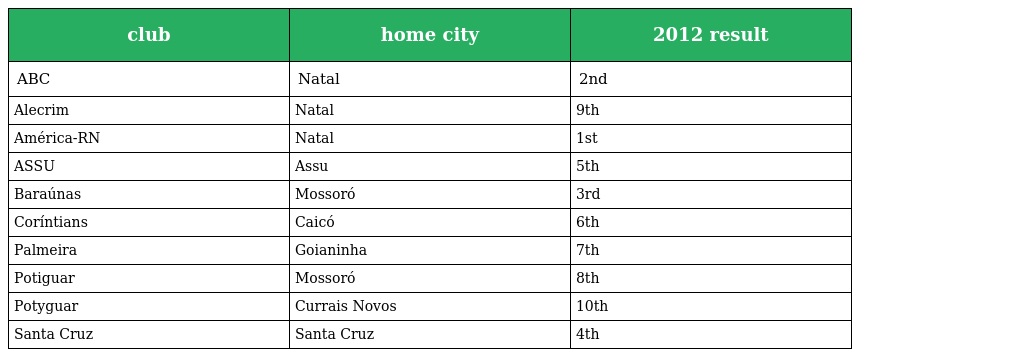
| club | home city | 2012 result |
 | --- | --- | --- |
 | ABC | Natal | 2nd |
 | Alecrim | Natal | 9th |
 | América-RN | Natal | 1st |
 | ASSU | Assu | 5th |
 | Baraúnas | Mossoró | 3rd |
 | Coríntians | Caicó | 6th |
 | Palmeira | Goianinha | 7th |
 | Potiguar | Mossoró | 8th |
 | Potyguar | Currais Novos | 10th |
 | Santa Cruz | Santa Cruz | 4th |